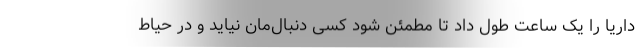
داریا را یک ساعت طول داد تا مطمئن شود کسی دنبال‌مان نیاید و در حیاط